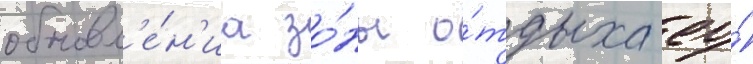
обновл'е́н'иа зо́ны о́тдыха ео́